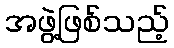
အဖွဲ့ဖြစ်သည့်